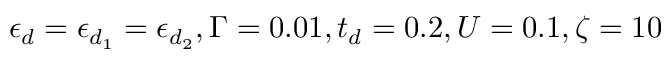
\epsilon _ { d } = \epsilon _ { d _ { 1 } } = \epsilon _ { d _ { 2 } } , \Gamma = 0 . 0 1 , t _ { d } = 0 . 2 , U = 0 . 1 , \zeta = 1 0